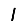
Digit: 1